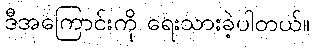
ဒီအကြောင်းကို ရေးသားခဲ့ပါတယ်။